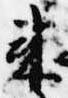
来